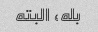
بله، البته